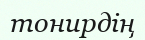
тонирдің